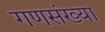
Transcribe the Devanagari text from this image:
गणसंख्या